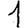
Digit: 1